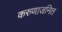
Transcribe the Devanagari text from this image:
करुणाजनित